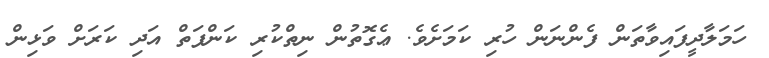
ހަމަލާދީފައިވާތަން ފެންނަން ހުރި ކަމަށެވެ. ޢެގޮތުން ނިތްކުރި ކަންފަތް އަދި ކަރަށް ވަޅިން